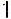
1